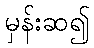
မှန်းဆ၍